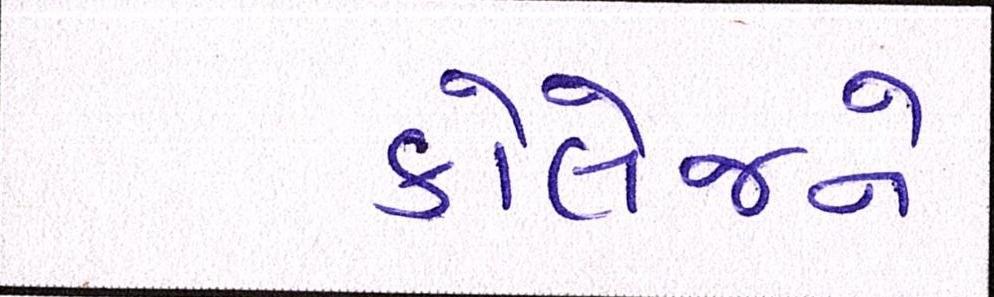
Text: કોલેજને